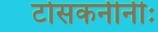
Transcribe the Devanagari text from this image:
टोसकनीनीः